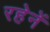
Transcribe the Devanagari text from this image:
रहेनें